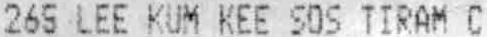
265 LEE KUM KEE SOS TIRAM C